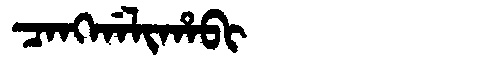
Manchu: ᠴᠠᠩᡤᠠᠯᡳᡥᠠᠪᡳ
Romanization: CANGGALIHABI